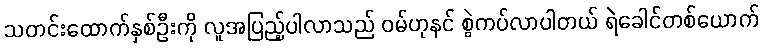
သတင်းထောက်နှစ်ဦးကို လူအပြည့်ပါလာသည် ဝမ်ဟုနင် စွဲကပ်လာပါတယ် ရဲခေါင်တစ်ယောက်